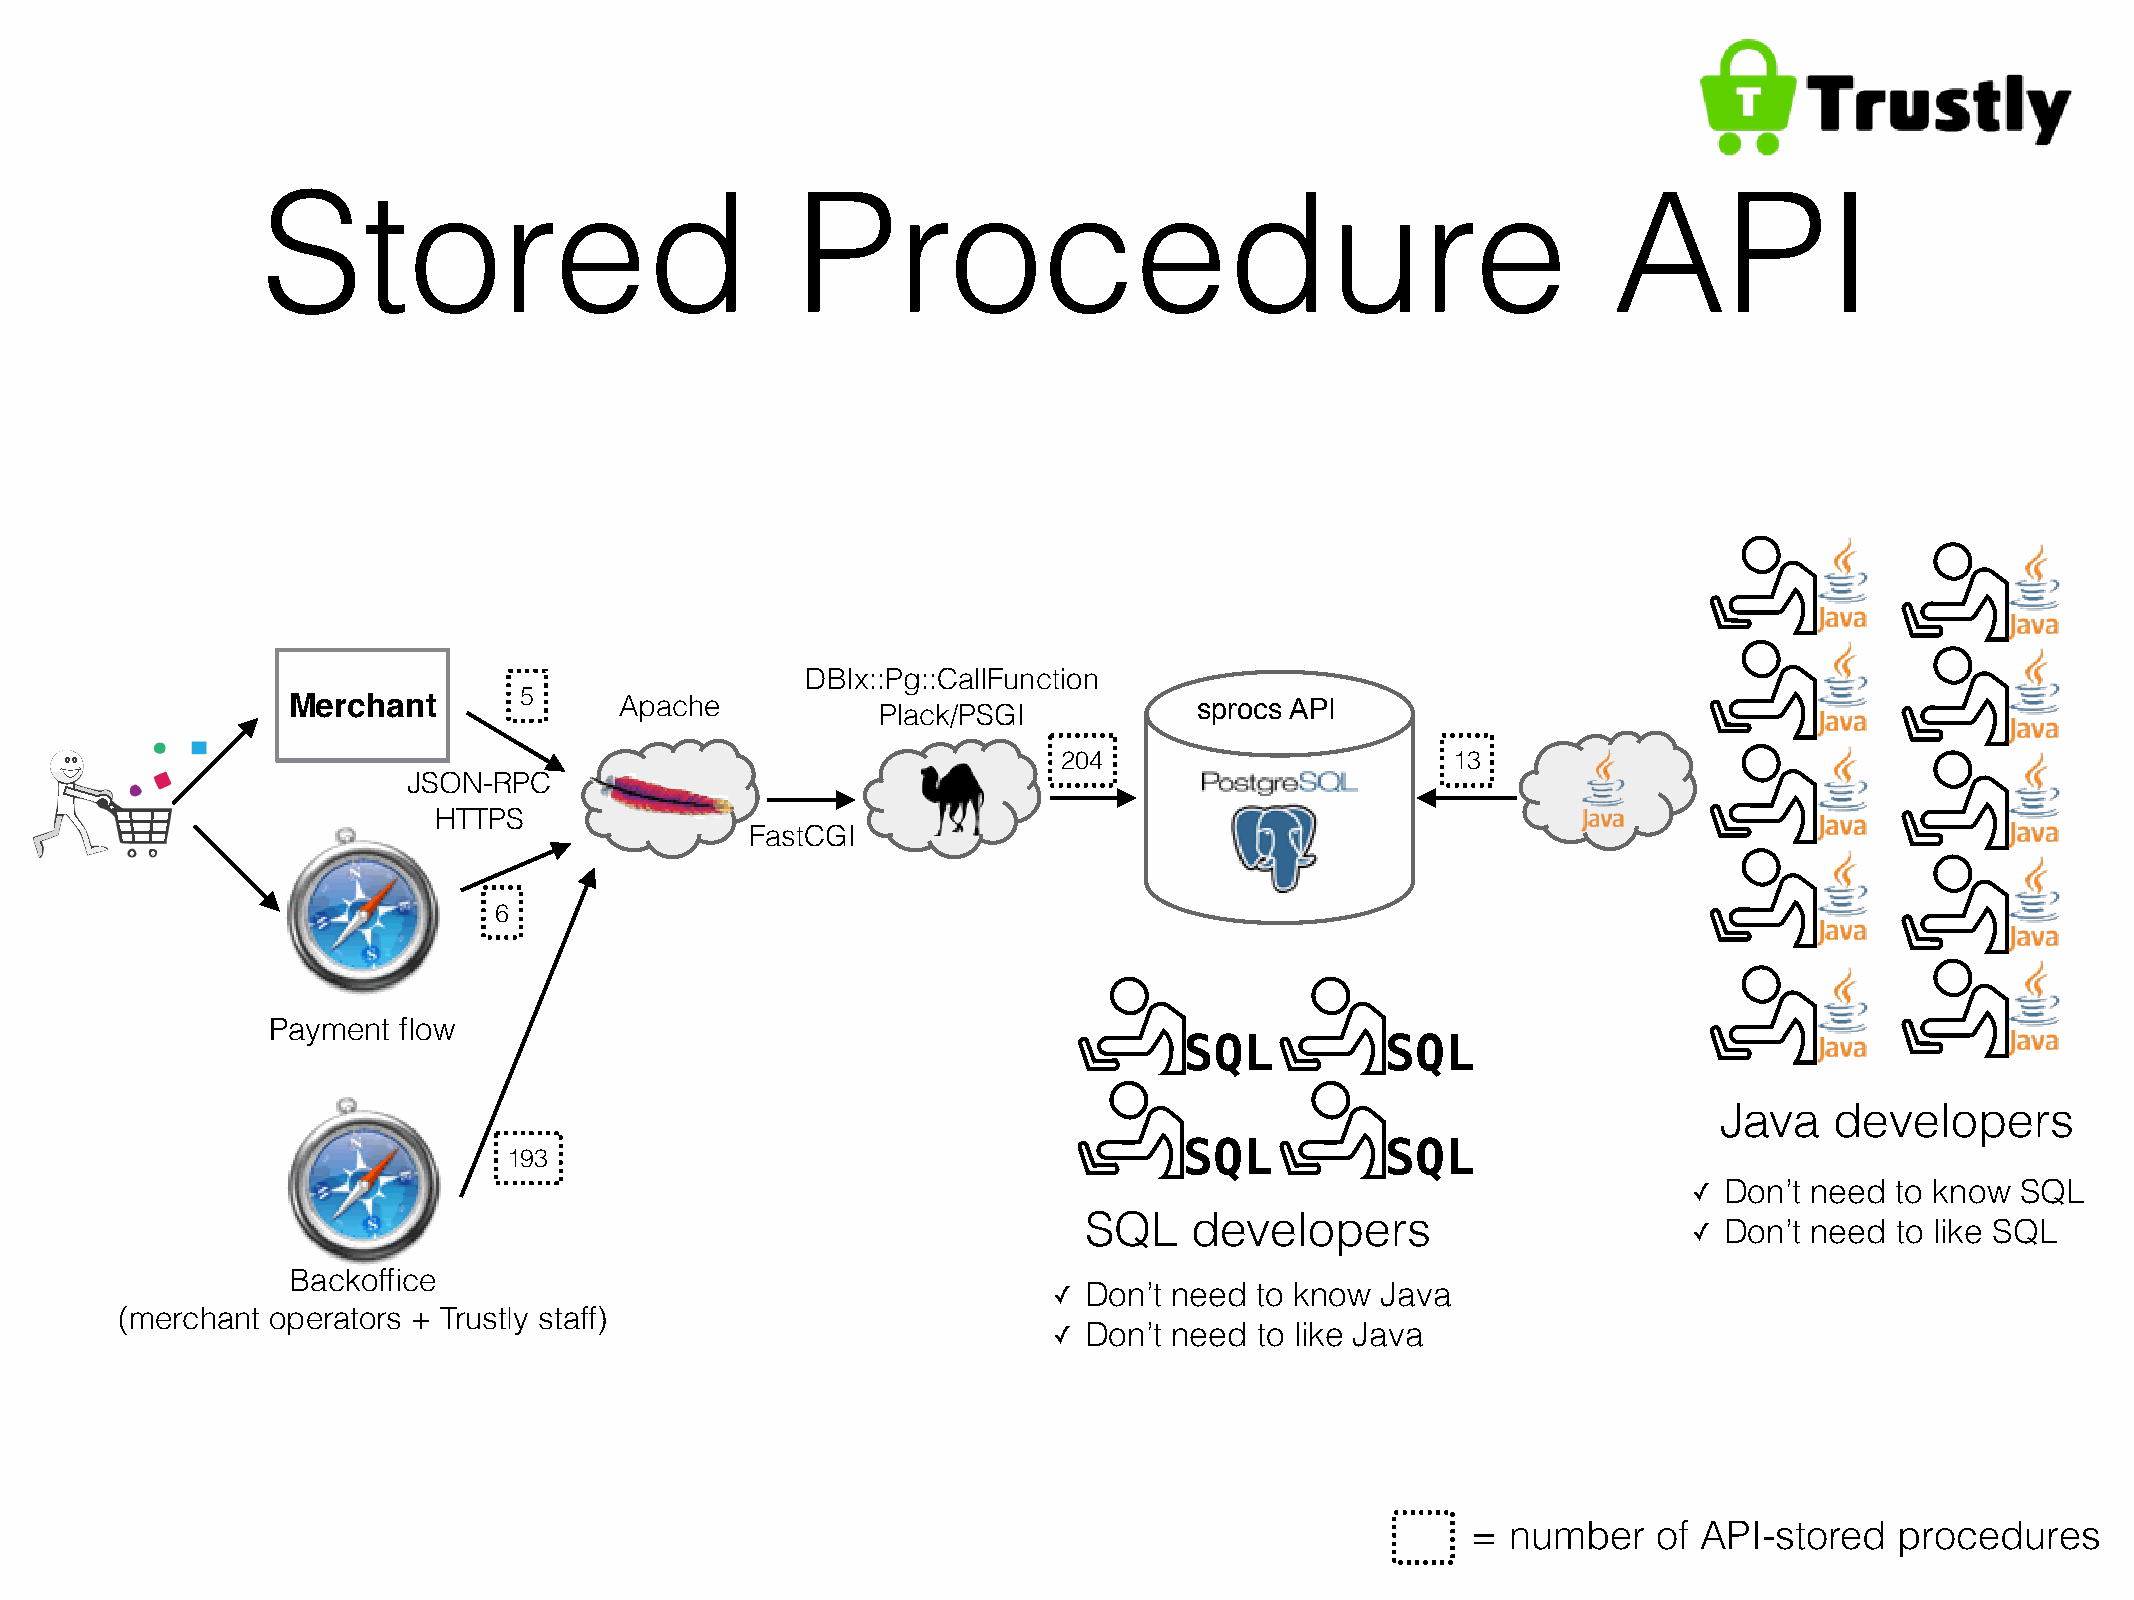
Stored                              Procedure                                             API
 DBIx::Pg::CallFunction
 Merchant       5      Apache                                sprocs API
 Plack/PSGI
 204                       13
 JSON-RPC
 HTTPS
 FastCGI
 6
 Payment flow
 SQL           SQL
 Java   developers
 SQL           SQL
 193
 ✓ Don’t need to know  SQL
 SQL    developers
 ✓ Don’t need to like SQL
 Backoffice
 ✓ Don’t need to know Java
 (merchant operators + Trustly staff)
 ✓ Don’t need to like Java
 =  number    of API-stored   procedures